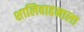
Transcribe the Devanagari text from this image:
शालिवाहनाला